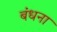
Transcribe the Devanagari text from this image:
बंधना